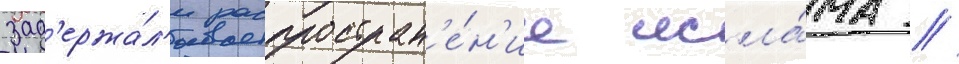
зад'ержа́л'и распростран'е́н'ие исла́ма //